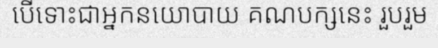
បើទោះជាអ្នកនយោបាយ គណបក្សនេះ រួបរួម